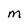
Character: M